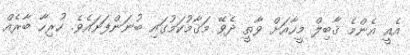
އެއީ އެންމެ ޤާބިލް މީހާއަށް ވާތީ ދެވޭ މަޤާމުކަމުގައި ބުނަންފަށައެވެ. ހުރިހާ ބާރެއް